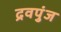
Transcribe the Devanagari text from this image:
द्रवपुंज